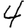
Digit: 4